Bréfritari: Sigríður Pálsdóttir
Viðtakandi: Páll Pálsson
Dagsetning: A-1861-08-01
Skrifað á: Breiðabólsstað  Rang.
Páll var bróðir Sigríðar

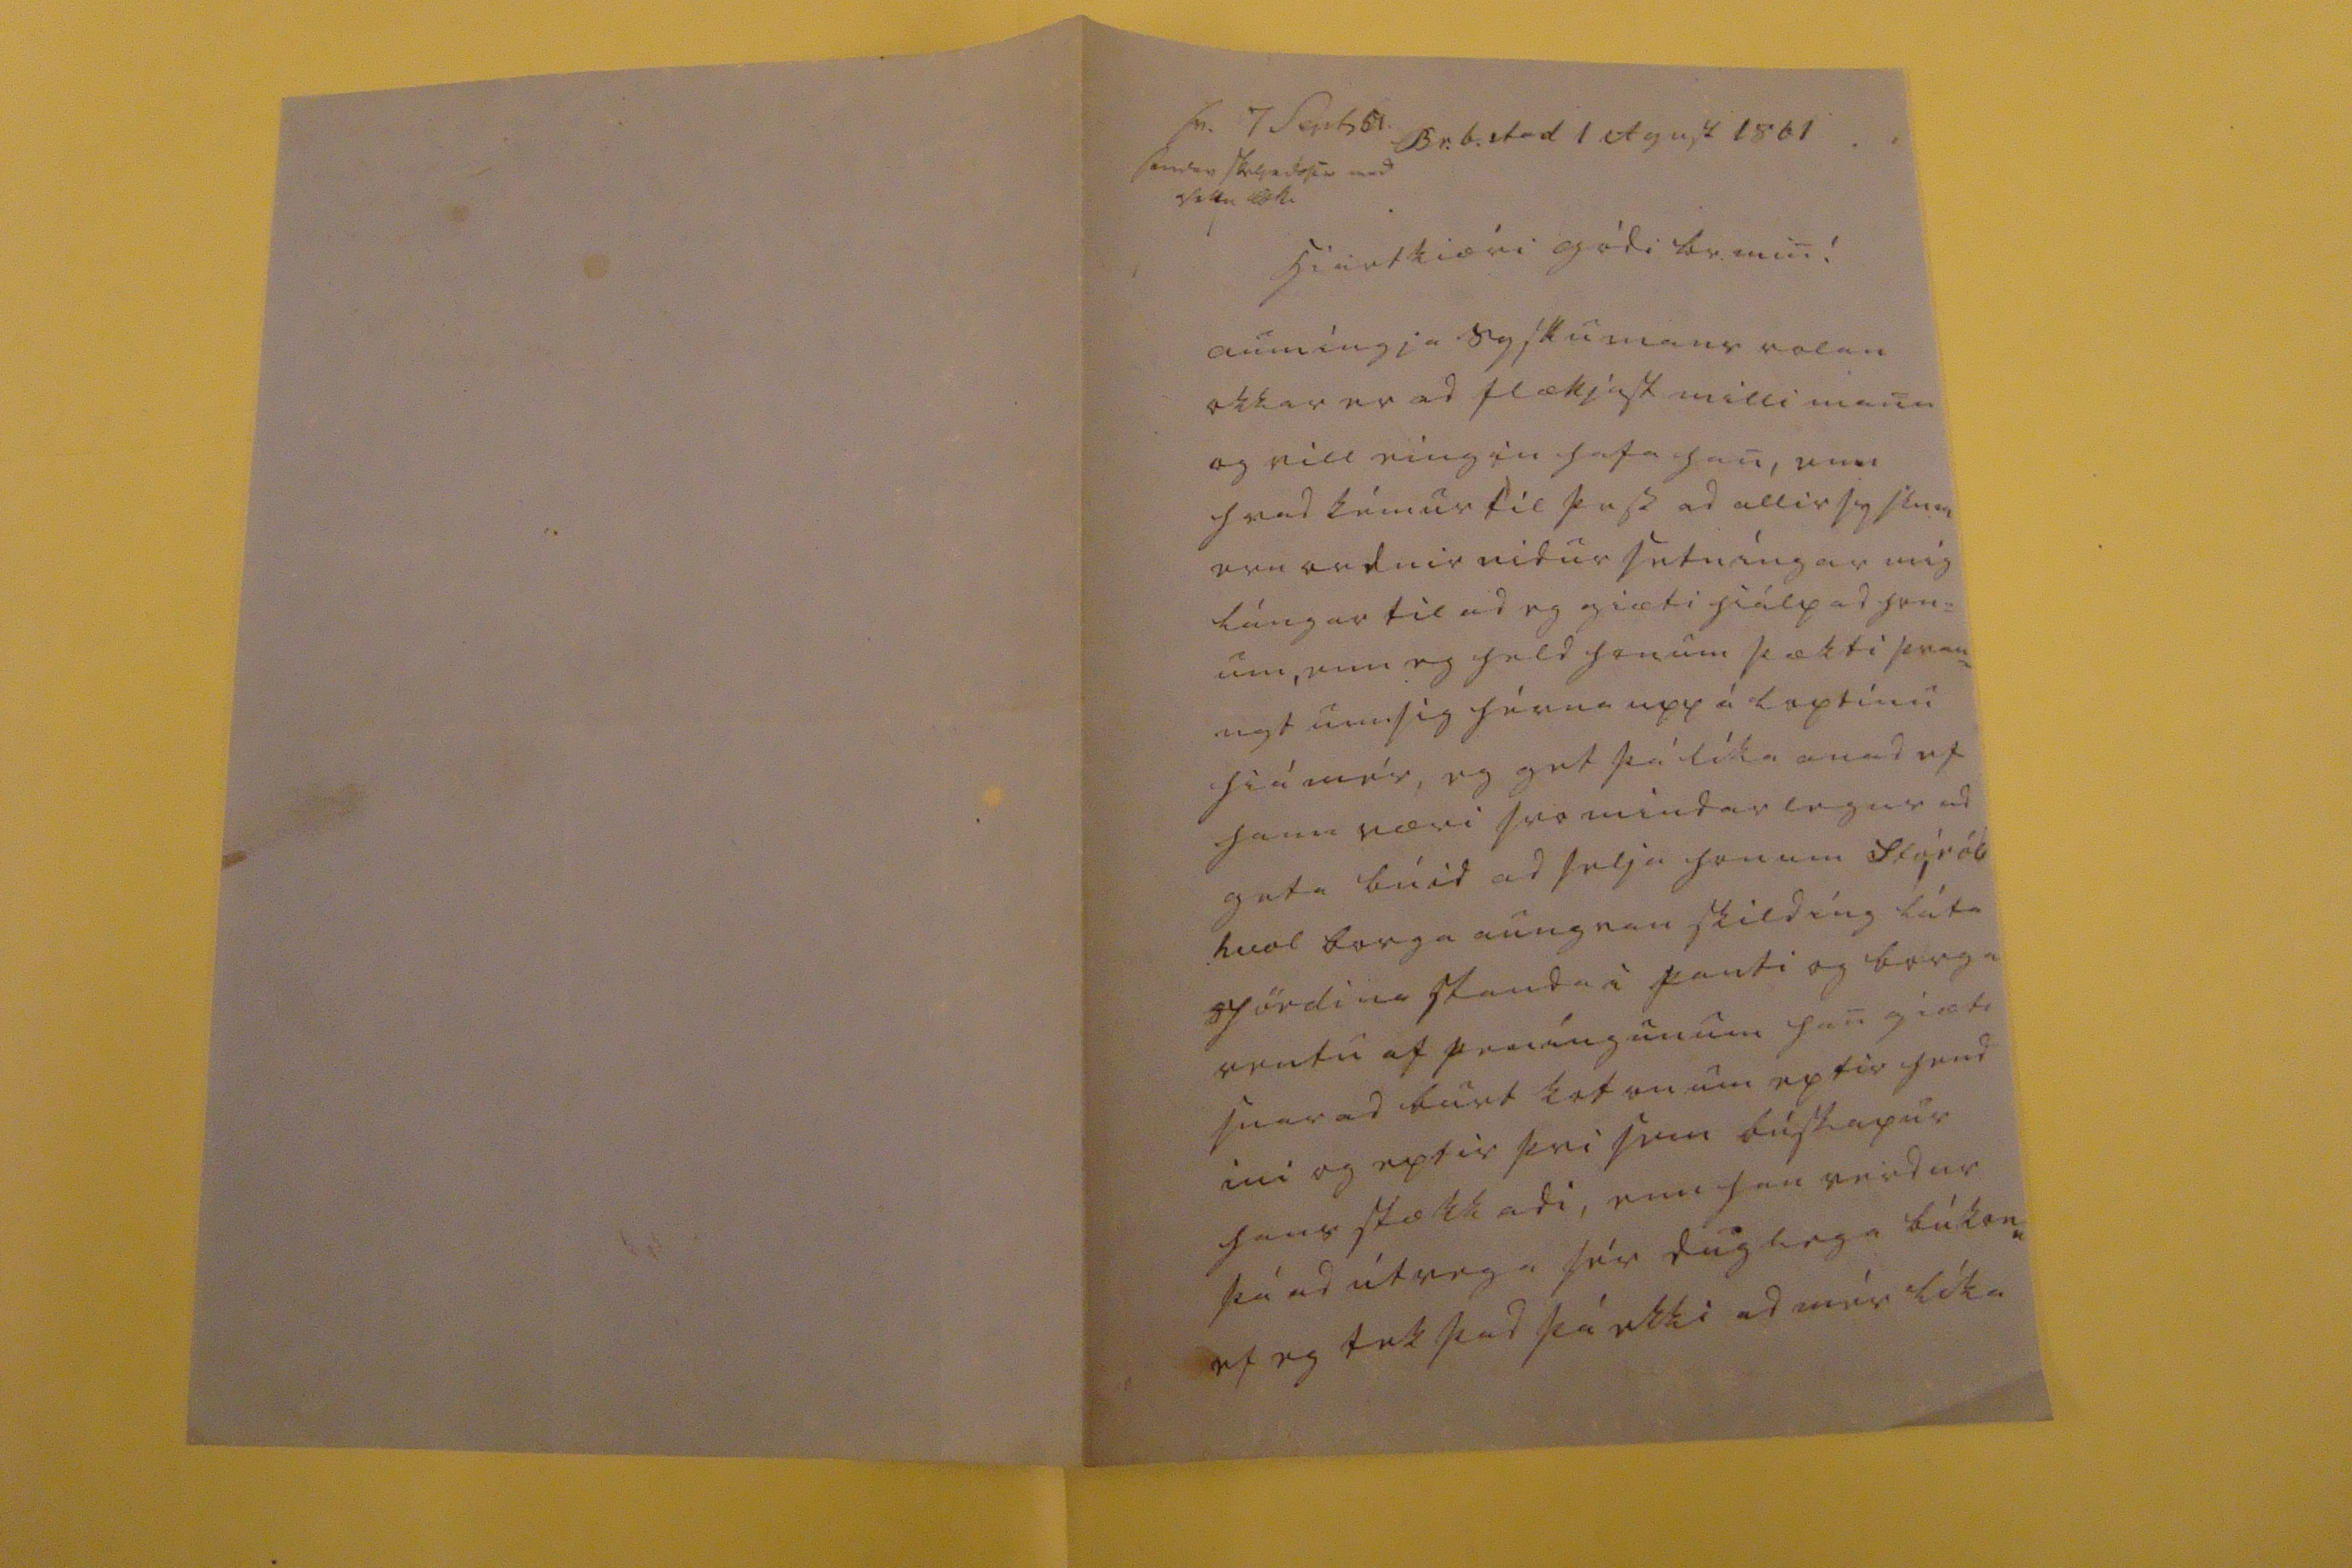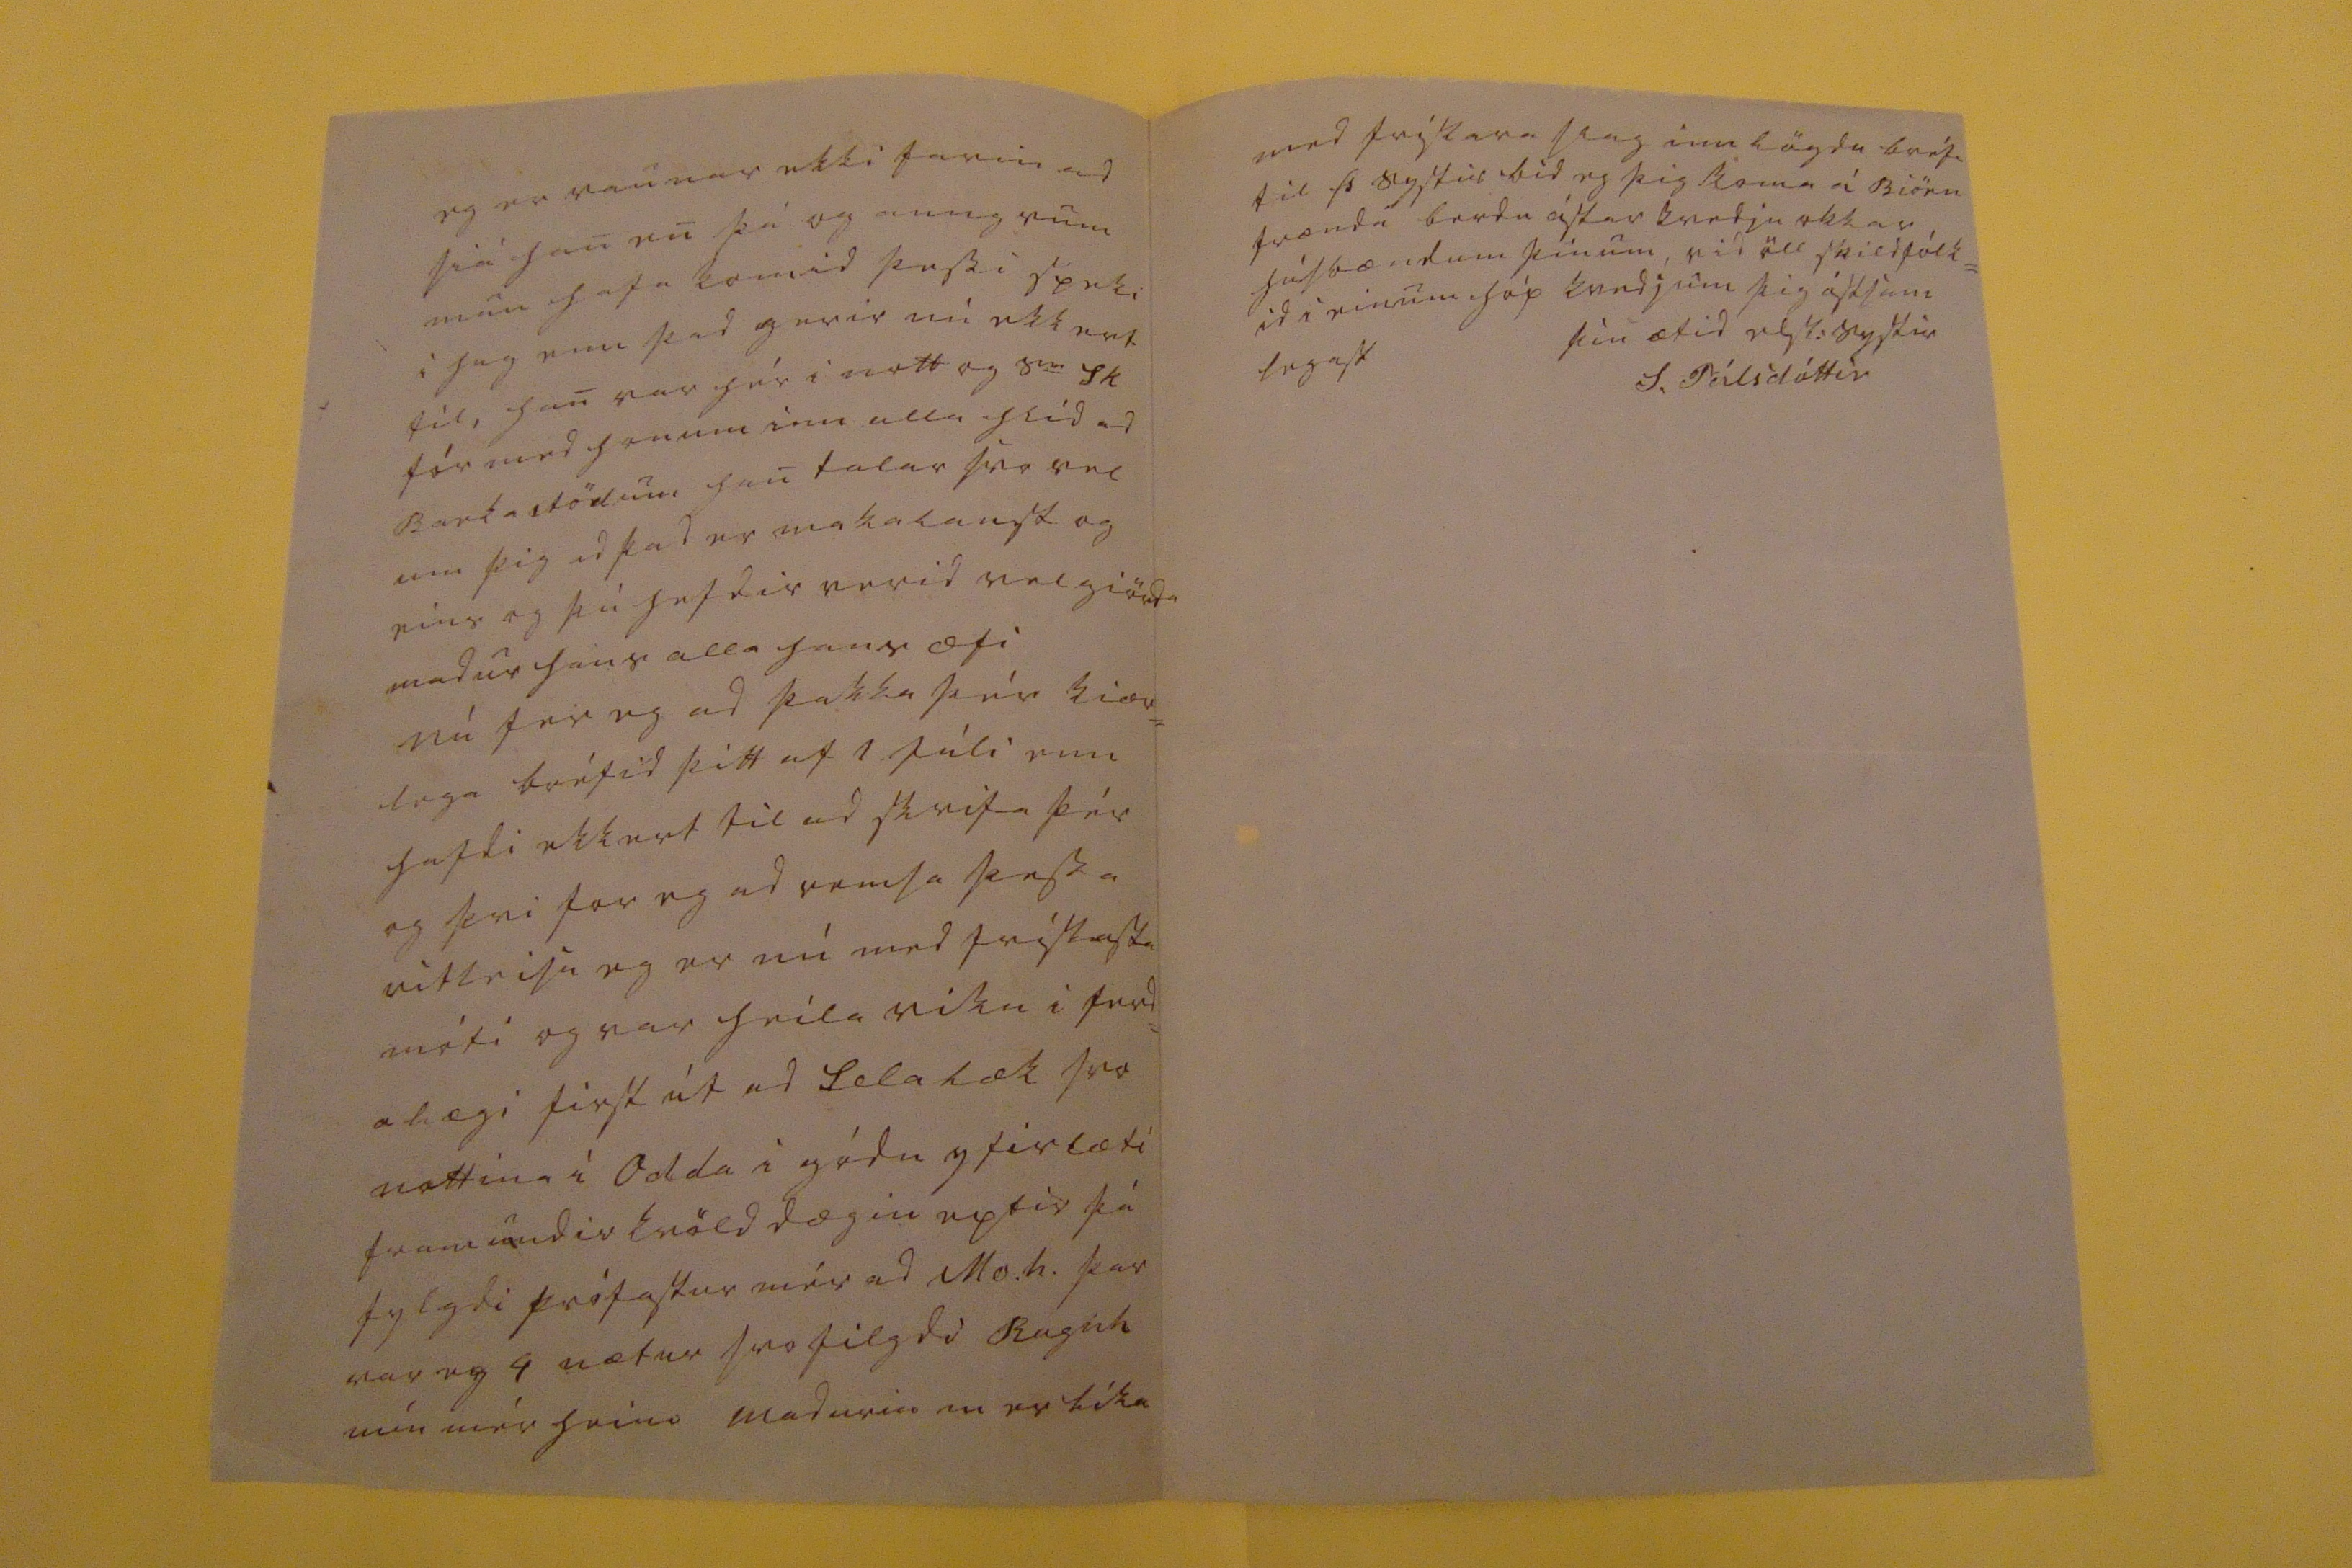

sv. 7 Sept 61 sendir kvartilin med s000u loki
Br.b.stad 1 Agust 1861
hiartkiæri gódi br. min!
aumíngja syslumans rolan okkar er ad flækjast milli mana og vill eingin hafa han, enn hvad kémur til þess ad allir syslum eru ordnir nidur setníngar mig lángar til ad eg giæti hiálpad hon= um, enn eg held honum þækti þrau= ngt um sig hérna upp á loptinu hiá mér, eg get þá líka anad ef hann væri svo mindar legur ad geta búid ad selja honum stór
ób hvol
borga aungvan skildíng láta Jördina standa i
f
anti og borga rentu af peníngunum han giæti snarad burt kotonum eptir hend ini og eptir þvi sem búskapur hans stækkadi, enn han verdur þá ad útvega sér duglega búk
enn
ef eg tek þad þá ekki ad mér líka
eg er raunar ekki farin ad siá han en þá og aungvum anan hafa komid þessi speki i hug enn þad gerir nú ekkert til, han var hér i nott og s
ie
Sk fór med honum inn alla hlíd ad Barkastödum han talar svo vel um þig ad þad er makalaust og eins og þú hefdir verid velgiörda madur hans alla hans æfi nú fer eg ad þakka þér kiær= lega bréfid þitt af 1.Júli enn hafdi ekkert til ad skrifa þér og þvi for eg ad ramsa þessa vitleisu eg er nú med frískasta móti og var heila viku i ferd= alægi first út ad
Selalæk
svo nottina i Odda i gódu yfirlæti framundir kvöld dægin eptir þá fylgdi prófastur mér ad Mo.h. þar var eg 4 nætur svo filgdi Ragnh mín mér heim Madurin m er líka
med frískara slag innlögdu bréfi til Þ systur bid eg þig koma á Biörn frænda berdu ástar kvedju okkar húsbændum þínum, vid öll skildfólk= id i einum hóp kvedjum þig ástsam legast
þin ætid elsk: systir
S. Pálsdóttir